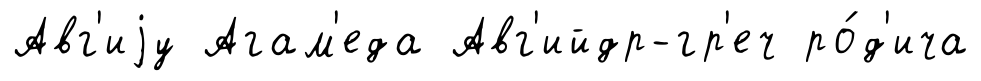
Авг'иjу Агам'еда Авг'ийдр-гр'еч ро́д'ича